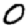
Digit: 0